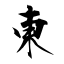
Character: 東